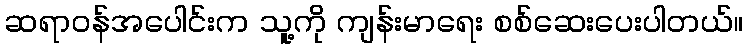
ဆရာဝန်အပေါင်းက သူ့ကို ကျန်းမာရေး စစ်ဆေးပေးပါတယ်။